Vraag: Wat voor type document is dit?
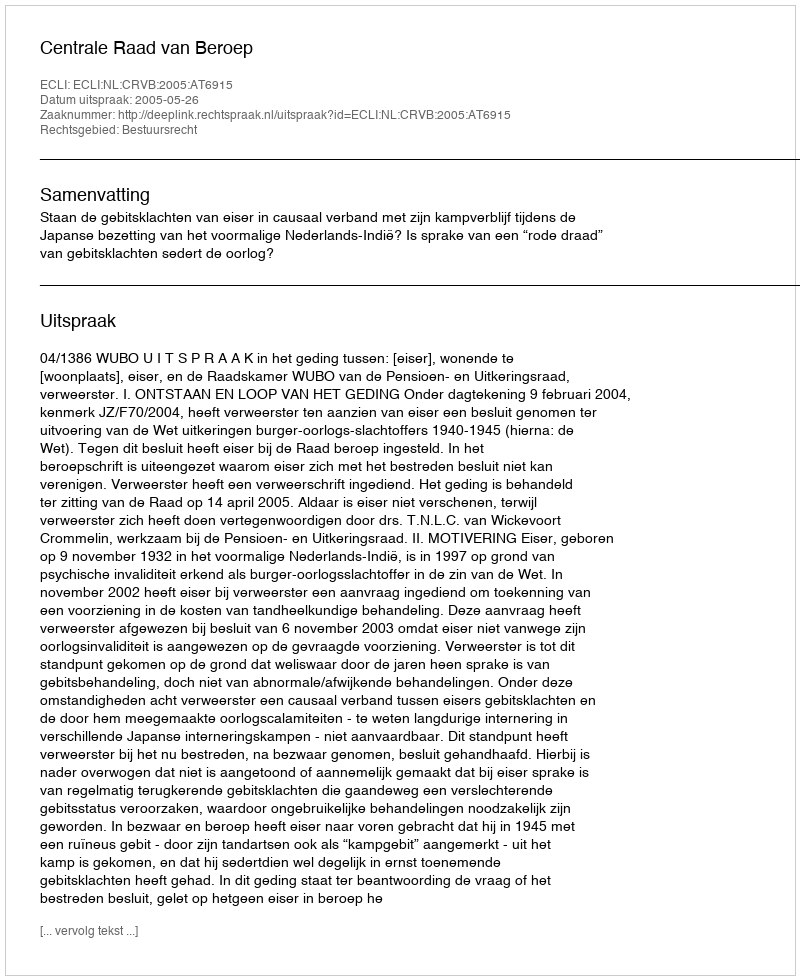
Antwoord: Uitspraak